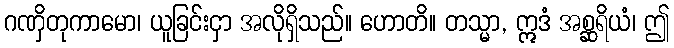
ဂဏှိတုကာမော၊ ယူခြင်းငှာ အလိုရှိသည်။ ဟောတိ။ တသ္မာ, ဣဒံ အစ္ဆရိယံ၊ ဤ